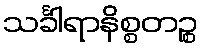
သင်္ခါရာနိစ္စတဉ္စ